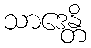
သာဒေန္တိ